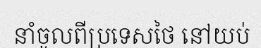
នាំចូលពីប្រទេសថៃ នៅយប់